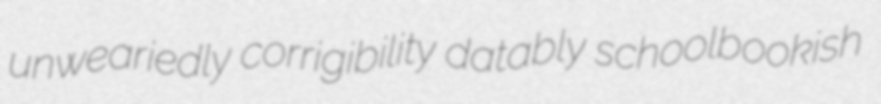
unweariedly corrigibility datably schoolbookish